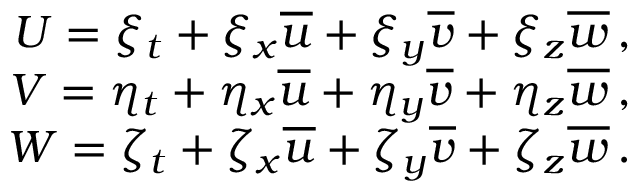
\begin{array} { r } { U = \xi _ { t } + \xi _ { x } \overline { { u } } + \xi _ { y } \overline { { v } } + \xi _ { z } \overline { { w } } \, \mathrm { , } } \\ { V = \eta _ { t } + \eta _ { x } \overline { { u } } + \eta _ { y } \overline { { v } } + \eta _ { z } \overline { { w } } \, \mathrm { , } } \\ { W = \zeta _ { t } + \zeta _ { x } \overline { { u } } + \zeta _ { y } \overline { { v } } + \zeta _ { z } \overline { { w } } \, \mathrm { . } } \end{array}